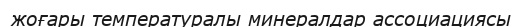
жоғары температуралы минералдар ассоциациясы